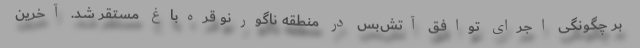
بر چگونگی اجرای توافق آتش‌بس در منطقه ناگورنو قره‌باغ مستقر شد. آخرین